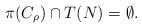
LaTeX: \begin{align*} \pi(C_\rho) \cap T(N) = \emptyset.\end{align*}